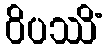
ဝိပဿိံ